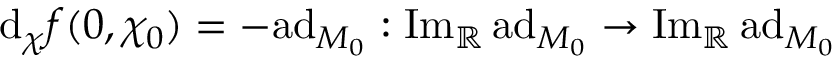
\mathrm { d } _ { \chi } f ( 0 , \chi _ { 0 } ) = - \mathrm { a d } _ { M _ { 0 } } : \mathrm { I m } _ { \mathbb { R } } \, \mathrm { a d } _ { M _ { 0 } } \to \mathrm { I m } _ { \mathbb { R } } \, \mathrm { a d } _ { M _ { 0 } }